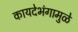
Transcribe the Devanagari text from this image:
कायदेभंगामुळे